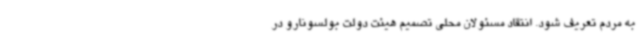
به مردم تعریف شود. انتقاد مسئولان محلی تصمیم هیئت دولت بولسونارو در